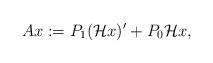
LaTeX: \begin{align*}Ax:=P_1(\mathcal{H}x)'+P_0\mathcal{H}x,\end{align*}